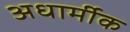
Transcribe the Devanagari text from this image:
अधार्मीक